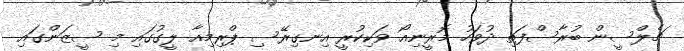
ޗެލްސީން ބުރާސްފަތި ދުވަހު މޮރީނިއޯ ވަކިކުރީ އިނގިރޭސި ޕްރިމިއާ ލީގުގައި މި ސީޒަންގައި